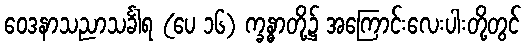
ဝေဒနာသညာသင်္ခါရ (ပေ ၁၆) က္ခန္ဓာတို့၌ အကြောင်းလေးပါးတို့တွင်